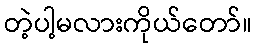
တဲ့ပါ့မလားကိုယ်တော်။